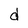
Character: d